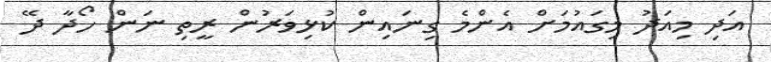
އަދި މިއަދު މިގައުމަށް އެންމެ ގިނައިން ކުޅިވަރުން ރީތި ނަން ހޯދާ ދޭ